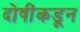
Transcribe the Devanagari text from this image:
दोषींकडून